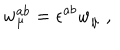
w _ { \mu } ^ { a b } = \epsilon ^ { a b } w _ { \mu } \; ,